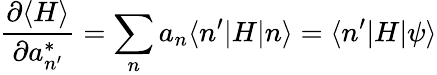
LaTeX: {\frac{\partial\langle H\rangle}{\partial a_{n^{\prime}}^{*}}}=\sum_{n}a_{n}\langle n^{\prime}|H|n\rangle=\langle n^{\prime}|H|\psi\rangle